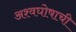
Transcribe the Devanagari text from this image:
अश्वघोषाची